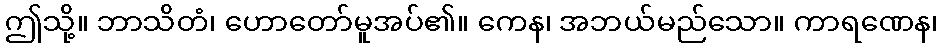
ဤသို့။ ဘာသိတံ၊ ဟောတော်မူအပ်၏။ ကေန၊ အဘယ်မည်သော။ ကာရဏေန၊